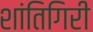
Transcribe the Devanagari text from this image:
शांतिगिरी